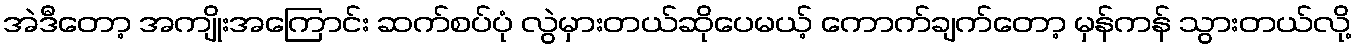
အဲဒီတော့ အကျိုးအကြောင်း ဆက်စပ်ပုံ လွဲမှားတယ်ဆိုပေမယ့် ကောက်ချက်တော့ မှန်ကန် သွားတယ်လို့